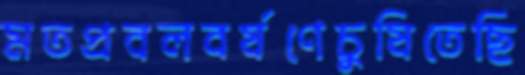
মতপ্রবলবর্ষণেচুষিতেছি